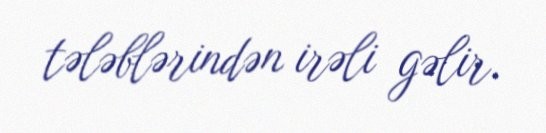
tələblərindən irəli gəlir.